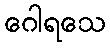
ဂေါရသေ